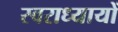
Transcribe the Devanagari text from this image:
स्वराध्यायों